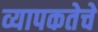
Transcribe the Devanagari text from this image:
व्यापकतेचे